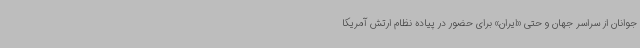
جوانان از سراسر جهان و حتی «ایران» برای حضور در پیاده نظام ارتش آمریکا